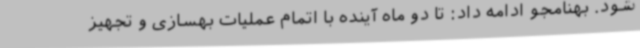
شود. بهنامجو ادامه داد: تا دو ماه آینده با اتمام عملیات بهسازی و تجهیز